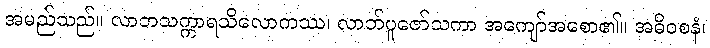
အမည်သည်။ လာဘသက္ကာရသိလောကဿ၊ လာဘ်ပူဇော်သကာ အကျော်အစော၏။ အဓိဝစနံ၊